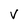
Character: V